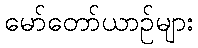
မော်တော်ယာဉ်များ